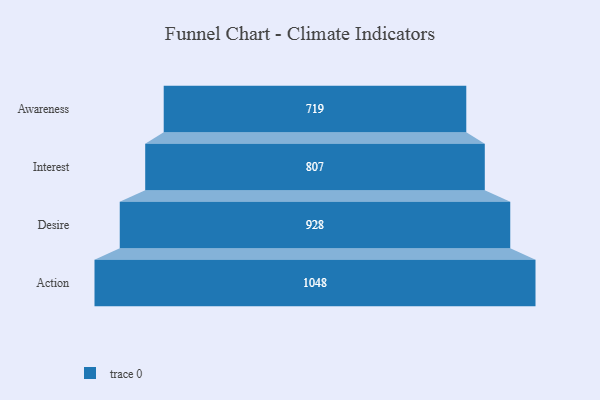
{"axis": {"x": "Stage", "y": "Value"}, "legend": [""], "data": [{"x": "Awareness", "y": 719.0, "type": ""}, {"x": "Interest", "y": 807.0, "type": ""}, {"x": "Desire", "y": 928.0, "type": ""}, {"x": "Action", "y": 1048.0, "type": ""}]}